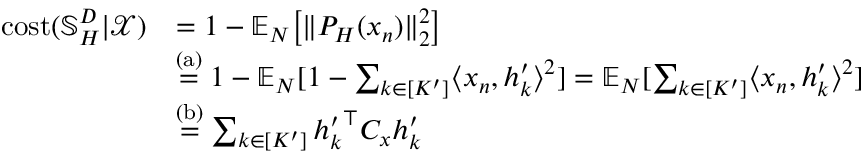
\begin{array} { r l } { \mathrm { c o s t } ( \mathbb { S } _ { H } ^ { D } | \mathcal { X } ) } & { = 1 - \mathbb { E } _ { N } \big [ \| P _ { H } ( x _ { n } ) \| _ { 2 } ^ { 2 } \big ] } \\ & { \stackrel { \mathrm { ( a ) } } { = } 1 - \mathbb { E } _ { N } [ 1 - \sum _ { k \in [ K ^ { \prime } ] } \langle x _ { n } , h _ { k } ^ { \prime } \rangle ^ { 2 } ] = \mathbb { E } _ { N } [ \sum _ { k \in [ K ^ { \prime } ] } \langle x _ { n } , h _ { k } ^ { \prime } \rangle ^ { 2 } ] } \\ & { \stackrel { \mathrm { ( b ) } } { = } \sum _ { k \in [ K ^ { \prime } ] } { h _ { k } ^ { \prime } } ^ { \top } C _ { x } h _ { k } ^ { \prime } } \end{array}